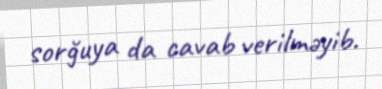
sorğuya da cavab verilməyib.